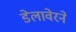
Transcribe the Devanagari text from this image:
डेलावेरने